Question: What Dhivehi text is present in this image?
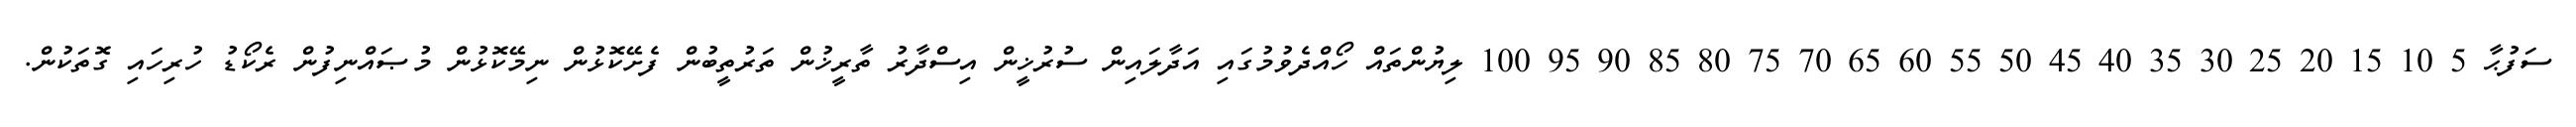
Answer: ސަފުޙާ 5 10 15 20 25 30 35 40 45 50 55 60 65 70 75 80 85 90 95 100 ލިޔުންތައް ހޯއްދެވުމުގައި އަދާލައިން ސުރުޚީން އިސްދާރު ތާރީޚުން ތަރުތީބުން ފެށޭކޮޅުން ނިމޭކޮޅުން މުޞައްނިފުން ރެކޯޑު ހުރިހައި ގޮތަކުން.